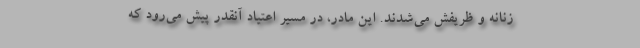
زنانه و ظریفش می‌شدند. این مادر، در مسیر اعتیاد آنقدر پیش می‌رود که